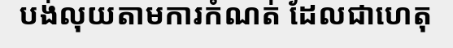
បង់លុយតាមការកំណត់ ដែលជាហេតុ